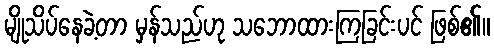
မျိုသိပ်နေခဲ့တာ မှန်သည်ဟု သဘောထားကြခြင်းပင် ဖြစ်၏။